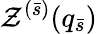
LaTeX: \mathcal{Z}^{(\bar{{s}})}(q_{\bar{{s}}})